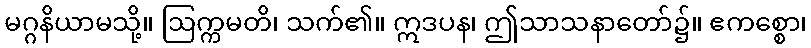
မဂ္ဂနိယာမသို့။ ဩက္ကမတိ၊ သက်၏။ ဣဒပန၊ ဤသာသနာတော်၌။ ဧကစ္စော၊